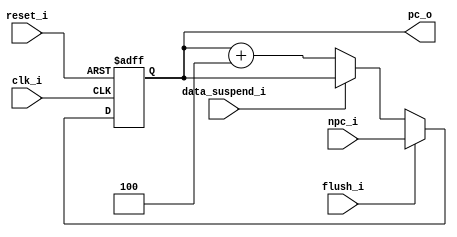
`timescale 1ns / 1ps
//////////////////////////////////////////////////////////////////////////////////
// Company: 
// Engineer: 
// 
// Design Name: 
// Module Name: pc
// Project Name: 
// Target Devices: 
// Tool Versions: 
// Description: 
// PCnpc
// PC
// Dependencies: 
// 
// Revision:
// Revision 0.01 - File Created
// Additional Comments:
// 
//////////////////////////////////////////////////////////////////////////////////
module pc#(
    parameter INIT_PC = 32'hfffffffc  // 0CPU
)
(
    input      [31:0] npc_i,
    input             clk_i,
    input             reset_i,
    input             data_suspend_i,
    input             flush_i,
    output reg [31:0] pc_o
);
    reg first_time;          // reset
    // always @(posedge clk_i or posedge reset_i) begin
    //     if(reset_i) begin
    //         pc_o <= INIT_PC;
    //         first_time <= 1'b0;
    //     end
    //     else begin
    //         first_time <= 1'b1;
    //         if(first_time == 1'b0)
    //             pc_o <= INIT_PC;
    //         else
    //             // pc_o <= npc_i;
    //             if(data_suspend_i)
    //                 pc_o <= pc_o;
    //             else if(flush_i)
    //                 pc_o <= npc_i;
    //             else
    //                 pc_o <= pc_o + 3'h4;
    //     end
    // end
    always @(posedge clk_i or posedge reset_i) begin
        if(reset_i)
            pc_o <= INIT_PC;
        else
            if(flush_i)
                pc_o <= npc_i; 
            else if(data_suspend_i)
                pc_o <= pc_o;
            else
                pc_o <= pc_o + 3'h4; 
    end
endmodule